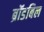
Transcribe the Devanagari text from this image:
ब्रॉडबिल